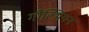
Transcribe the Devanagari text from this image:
गौल्थियन